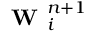
\textbf { W } _ { i } ^ { n + 1 }